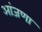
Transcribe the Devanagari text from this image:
आंजणा